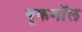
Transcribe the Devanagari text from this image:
बूकमॉल